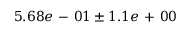
5 . 6 8 e \mathrm { ~ - ~ } 0 1 \pm 1 . 1 e \mathrm { ~ + ~ } 0 0